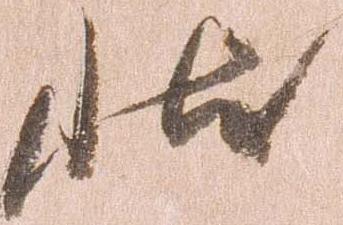
状